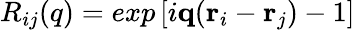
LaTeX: R_{ij}(q)=exp\left[i\mathbf q(\mathbf r_{i}-\mathbf r_{j})-1\right]